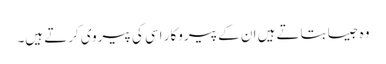
وہ جیسا بتاتے ہیں ان کے پیروکار اسی کی پیروی کرتے ہیں۔